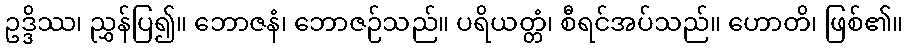
ဥဒ္ဒိဿ၊ ညွှန်ပြ၍။ ဘောဇနံ၊ ဘောဇဉ်သည်။ ပရိယတ္တံ၊ စီရင်အပ်သည်။ ဟောတိ၊ ဖြစ်၏။